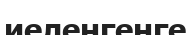
иеленгенге